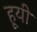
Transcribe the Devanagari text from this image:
हूयी